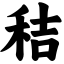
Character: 秸